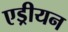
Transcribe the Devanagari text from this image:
एड्रीयन